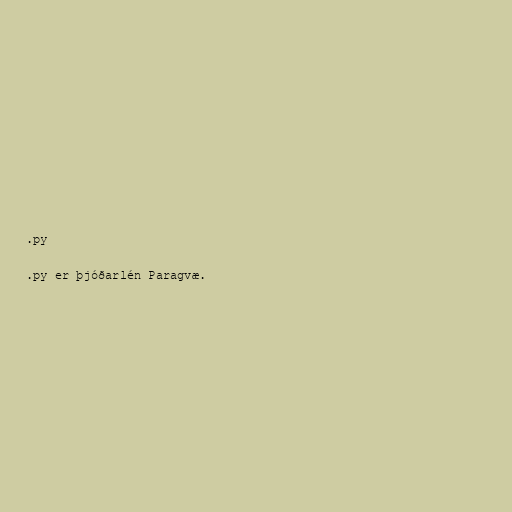
.py

.py er þjóðarlén Paragvæ.